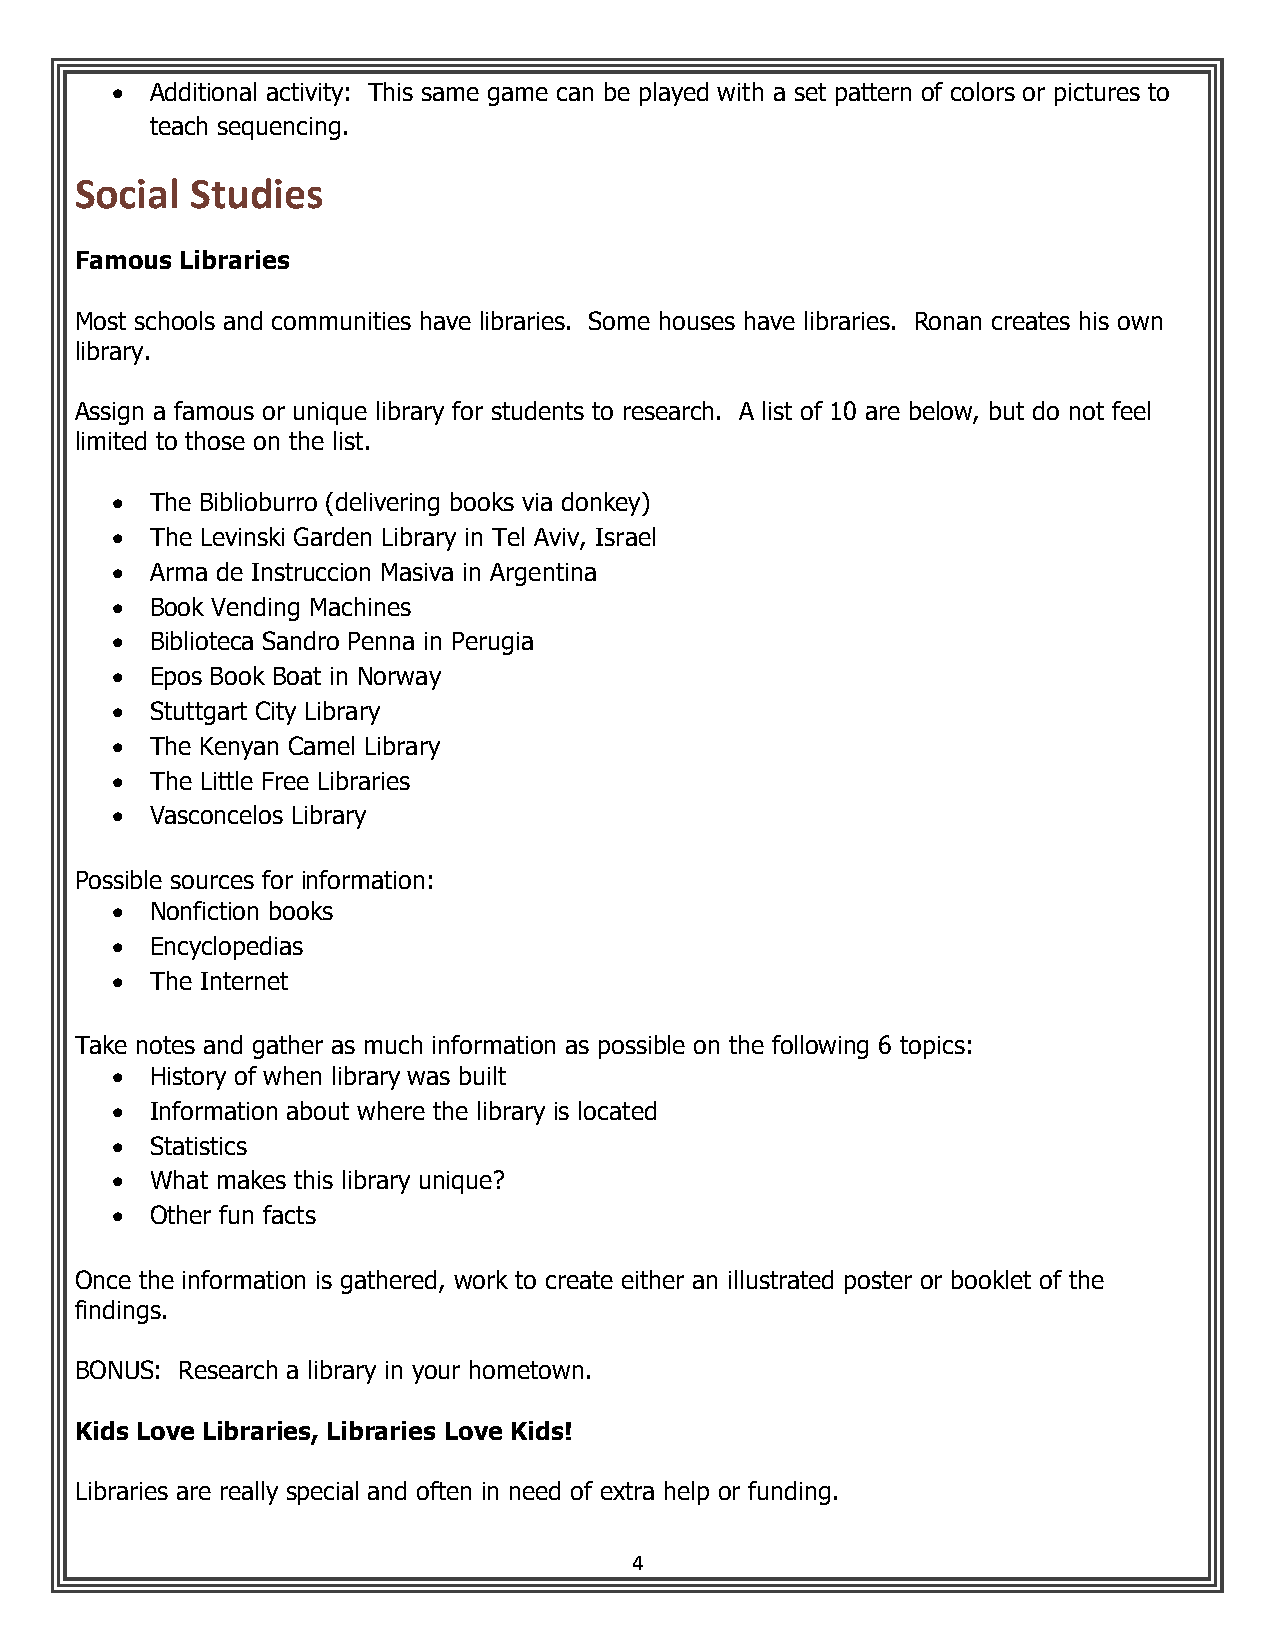
•  Additional activity: This same game can be played with a set pattern of colors or pictures to
 teach sequencing.
 Social  Studies
 Famous Libraries
 Most schools and communities have libraries. Some houses have libraries. Ronan creates his own
 library.
 Assign a famous or unique library for students to research. A list of 10 are below, but do not feel
 limited to those on the list.
 •  The Biblioburro (delivering books via donkey)
 •  The Levinski Garden Library in Tel Aviv, Israel
 •  Arma de Instruccion Masiva in Argentina
 •  Book Vending Machines
 •  Biblioteca Sandro Penna in Perugia
 •  Epos Book Boat in Norway
 •  Stuttgart City Library
 •  The Kenyan Camel Library
 •  The Little Free Libraries
 •  Vasconcelos Library
 Possible sources for information:
 •  Nonfiction books
 •  Encyclopedias
 •  The Internet
 Take notes and gather as much information as possible on the following 6 topics:
 •  History of when library was built
 •  Information about where the library is located
 •  Statistics
 •  What makes this library unique?
 •  Other fun facts
 Once the information is gathered, work to create either an illustrated poster or booklet of the
 findings.
 BONUS: Research a library in your hometown.
 Kids Love Libraries, Libraries Love Kids!
 Libraries are really special and often in need of extra help or funding.
 4